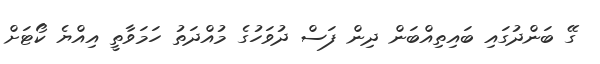
ގޭ ބަންދުގައި ބައިތިއްބަން ދިން ފަސް ދުވަހުގެ މުއްދަތު ހަމަވާތީ އިއްޔެ ކޯޓަށް